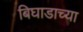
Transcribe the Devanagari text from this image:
बिघाडाच्या